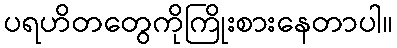
ပရဟိတတွေကိုကြိုးစားနေတာပါ။